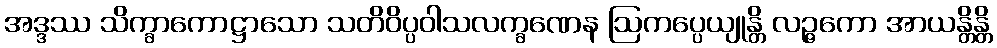
အဒ္ဒဿ သိက္ခာကောဋ္ဌာသော သတိဝိပ္ပဝါသလက္ခဏေန ဩကပ္ပေယျုန္တိ လဉ္ဇကော အာယန္တိန္တိ